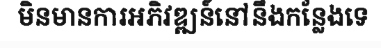
មិនមានការអភិវឌ្ឍន៍នៅនឹងកន្លែងទេ